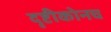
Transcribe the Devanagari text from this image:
दृष्टीकोनच